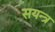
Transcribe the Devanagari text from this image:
सयन्त्र